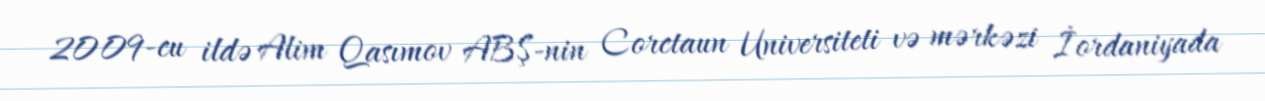
2009-cu ildə Alim Qasımov ABŞ-nin Corctaun Universiteti və mərkəzi İordaniyada